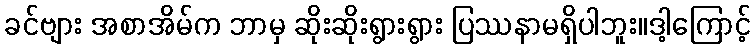
ခင်ဗျား အစာအိမ်က ဘာမှ ဆိုးဆိုးရွားရွား ပြဿနာမရှိပါဘူး။ဒါ့ကြောင့်